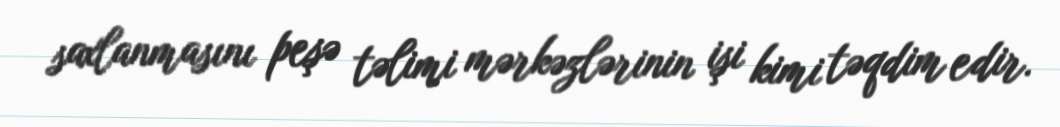
saxlanmasını peşə təlimi mərkəzlərinin işi kimi təqdim edir.